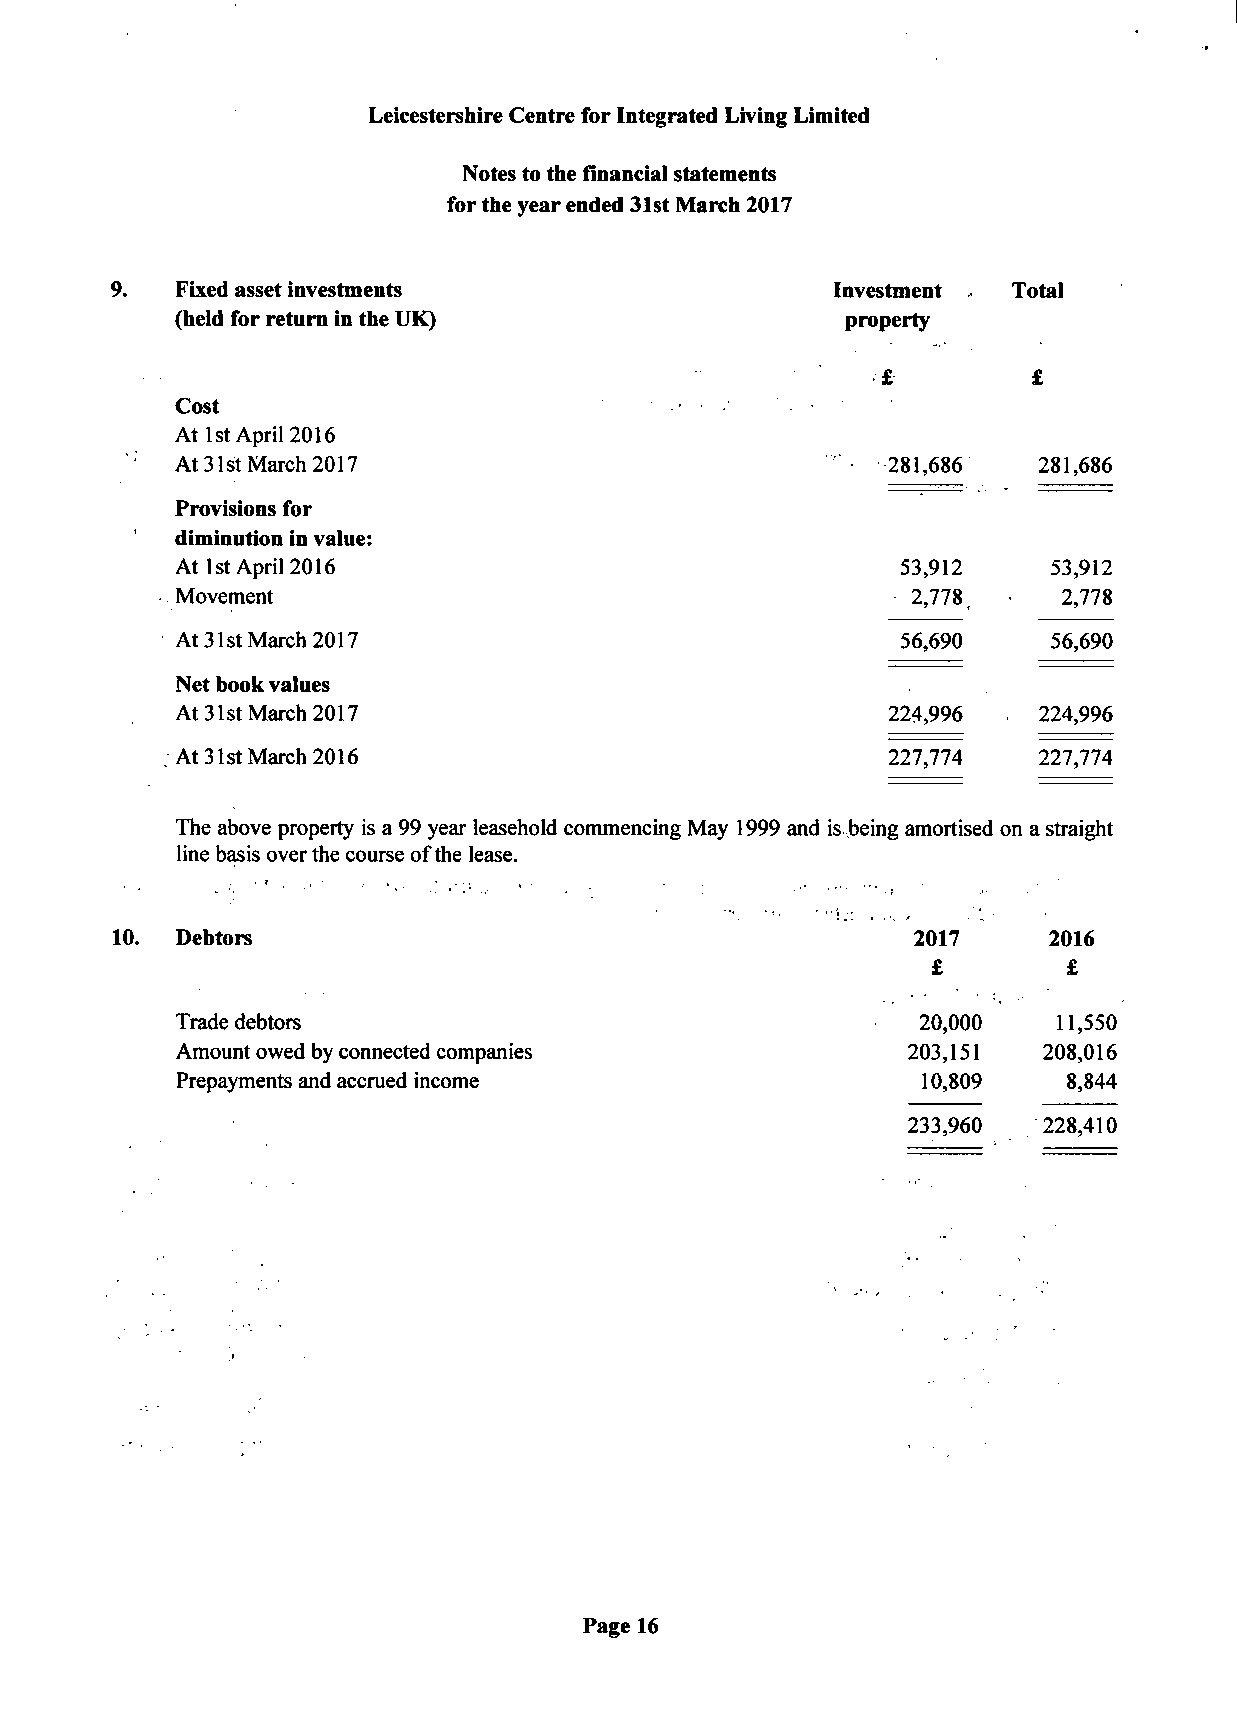
Leicestershire Centre for Integrated Living Limited
 Notes to the financial statements
 for the year ended 31st March 2017
 Fixed asset investments                    Investment  Total
 (held for return in the UK)                 property
 Cost
 At 1st April 2016
 At 31st March 2017                             281,686   281,686
 Provisions for
 diminution in value:
 At 1st April 2016                               53,912    53,912
 Movement                                       • 2,778,   2,778
 At 31st March 2017                              56,690    56,690
 Net book values
 At 31st March 2017                             224,996   224,996
 At 31st March 2016                             227,774   227,774
 The above property is a 99 year leasehold commencing May 1999 and is being amortised on a straight
 line basis over the course of the lease.
 10.  Debtors                                         2017     2016
 £        £
 Trade debtors                                    20,000   11,550
 Amount owed by connected companies              203,151  208,016
 Prepayments and accrued income                   10,809    8,844
 233,960  228,410
 Page 16